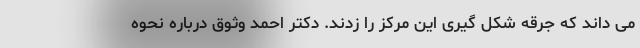
می داند که جرقه شکل گیری این مرکز را زدند. دکتر احمد وثوق درباره نحوه